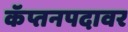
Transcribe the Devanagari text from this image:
कॅप्तनपदावर